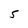
Character: 5